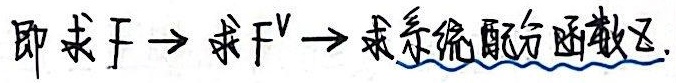
即求 \(F\)，进而求 \(F^V\)，进而求系统配分函数 \(\widetilde{Z}\)。